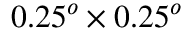
0 . 2 5 ^ { o } \times 0 . 2 5 ^ { o }